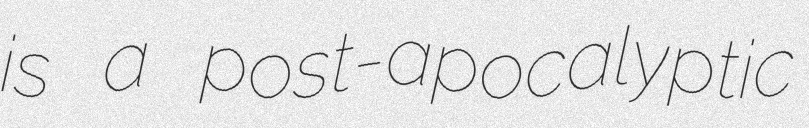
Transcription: is a post-apocalyptic